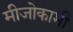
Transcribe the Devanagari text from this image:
मीजोकामी